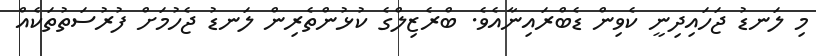
މި ލަނޑު ޖަހައިދިނީ ކެވިން ޑެބްރައިނާއެވެ. ބްރެޒިލްގެ ކުޅުންތެރިން ލަނޑު ޖެހުމަށް ފުރުސަތުތަކެއް